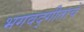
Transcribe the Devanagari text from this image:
भगवद्गीताचे